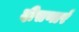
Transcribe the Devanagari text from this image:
दीसणारं